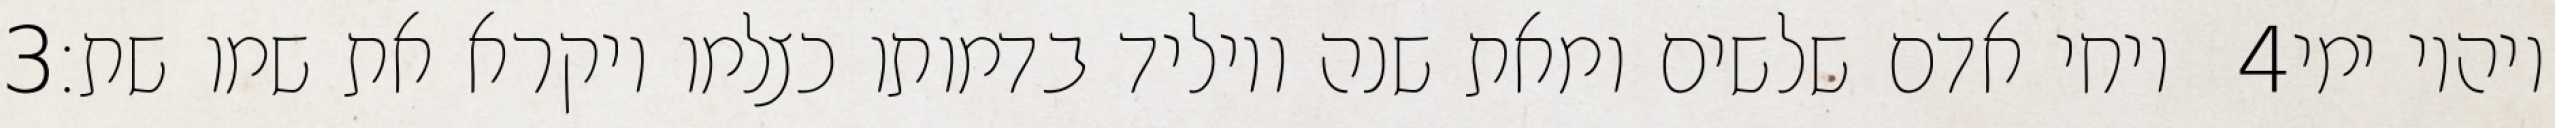
‎3‏ ויחי אדם שלשים ומאת שנה ויוליד בדמותו כצלמו ויקרא את שמו שת׃ ‎4‏ ויהיו ימי